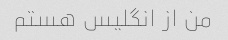
من از انگلیس هستم